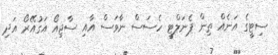
ސިޓީގެ އަނެއް ތިން ޕެނަލްޓީ ހެސަސް ނާވަސް އާއި ސާޖިއޯ އަގުއޭރޯ އަދި